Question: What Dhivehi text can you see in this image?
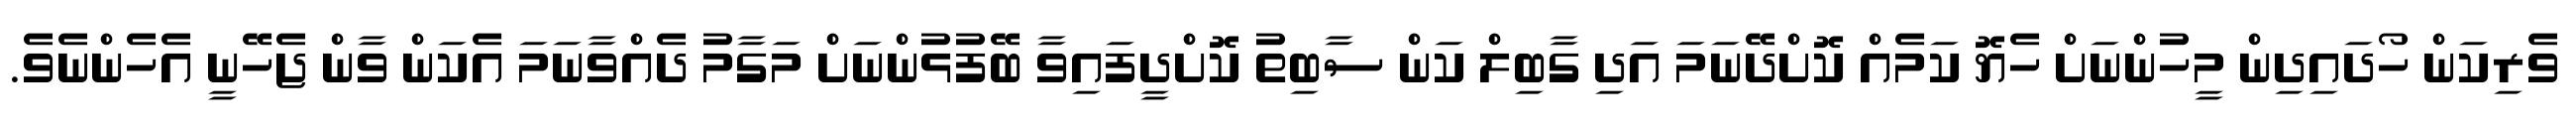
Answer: ވެރިކަން ހޯދައިދިން މީހުންނަށް ހެޔޮ ކަމެއް ކޮށްދޭނަމަ އަދި ގާބިލް ކަން ސާބިތު ކޮށްދީފައިވާ ބޭފުޅުންނަށް މަގާމު ދެއްވާނަމަ އެކަން ވާން ޖެހޭނީ އެހެންނެވެ.